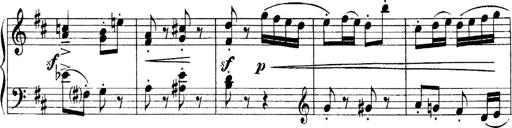
Title: 4 Sonatines
Composer: Max Reger